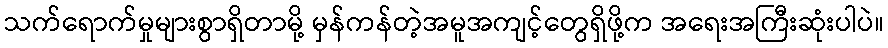
သက်ရောက်မှုများစွာရှိတာမို့ မှန်ကန်တဲ့အမူအကျင့်တွေရှိဖို့က အရေးအကြီးဆုံးပါပဲ။